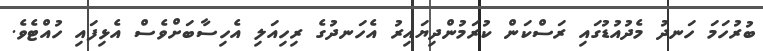
ބުރުހަމަ ހަނދު މެދުއުޑުގައި ރަސްކަން ކުރަމުންދިޔައިރު އެހަނދުގެ ރިހިއަލި އެހިސާބަށްވެސް އެޅިފައި ހުއްޓެވެ.